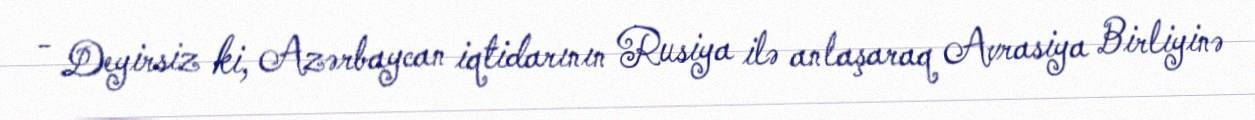
- Deyirsiz ki, Azərbaycan iqtidarının Rusiya ilə anlaşaraq Avrasiya Birliyinə